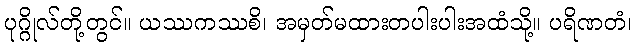
ပုဂ္ဂိုလ်တို့တွင်။ ယဿကဿစိ၊ အမှတ်မထားတပါးပါးအထံသို့။ ပရိဏတံ၊